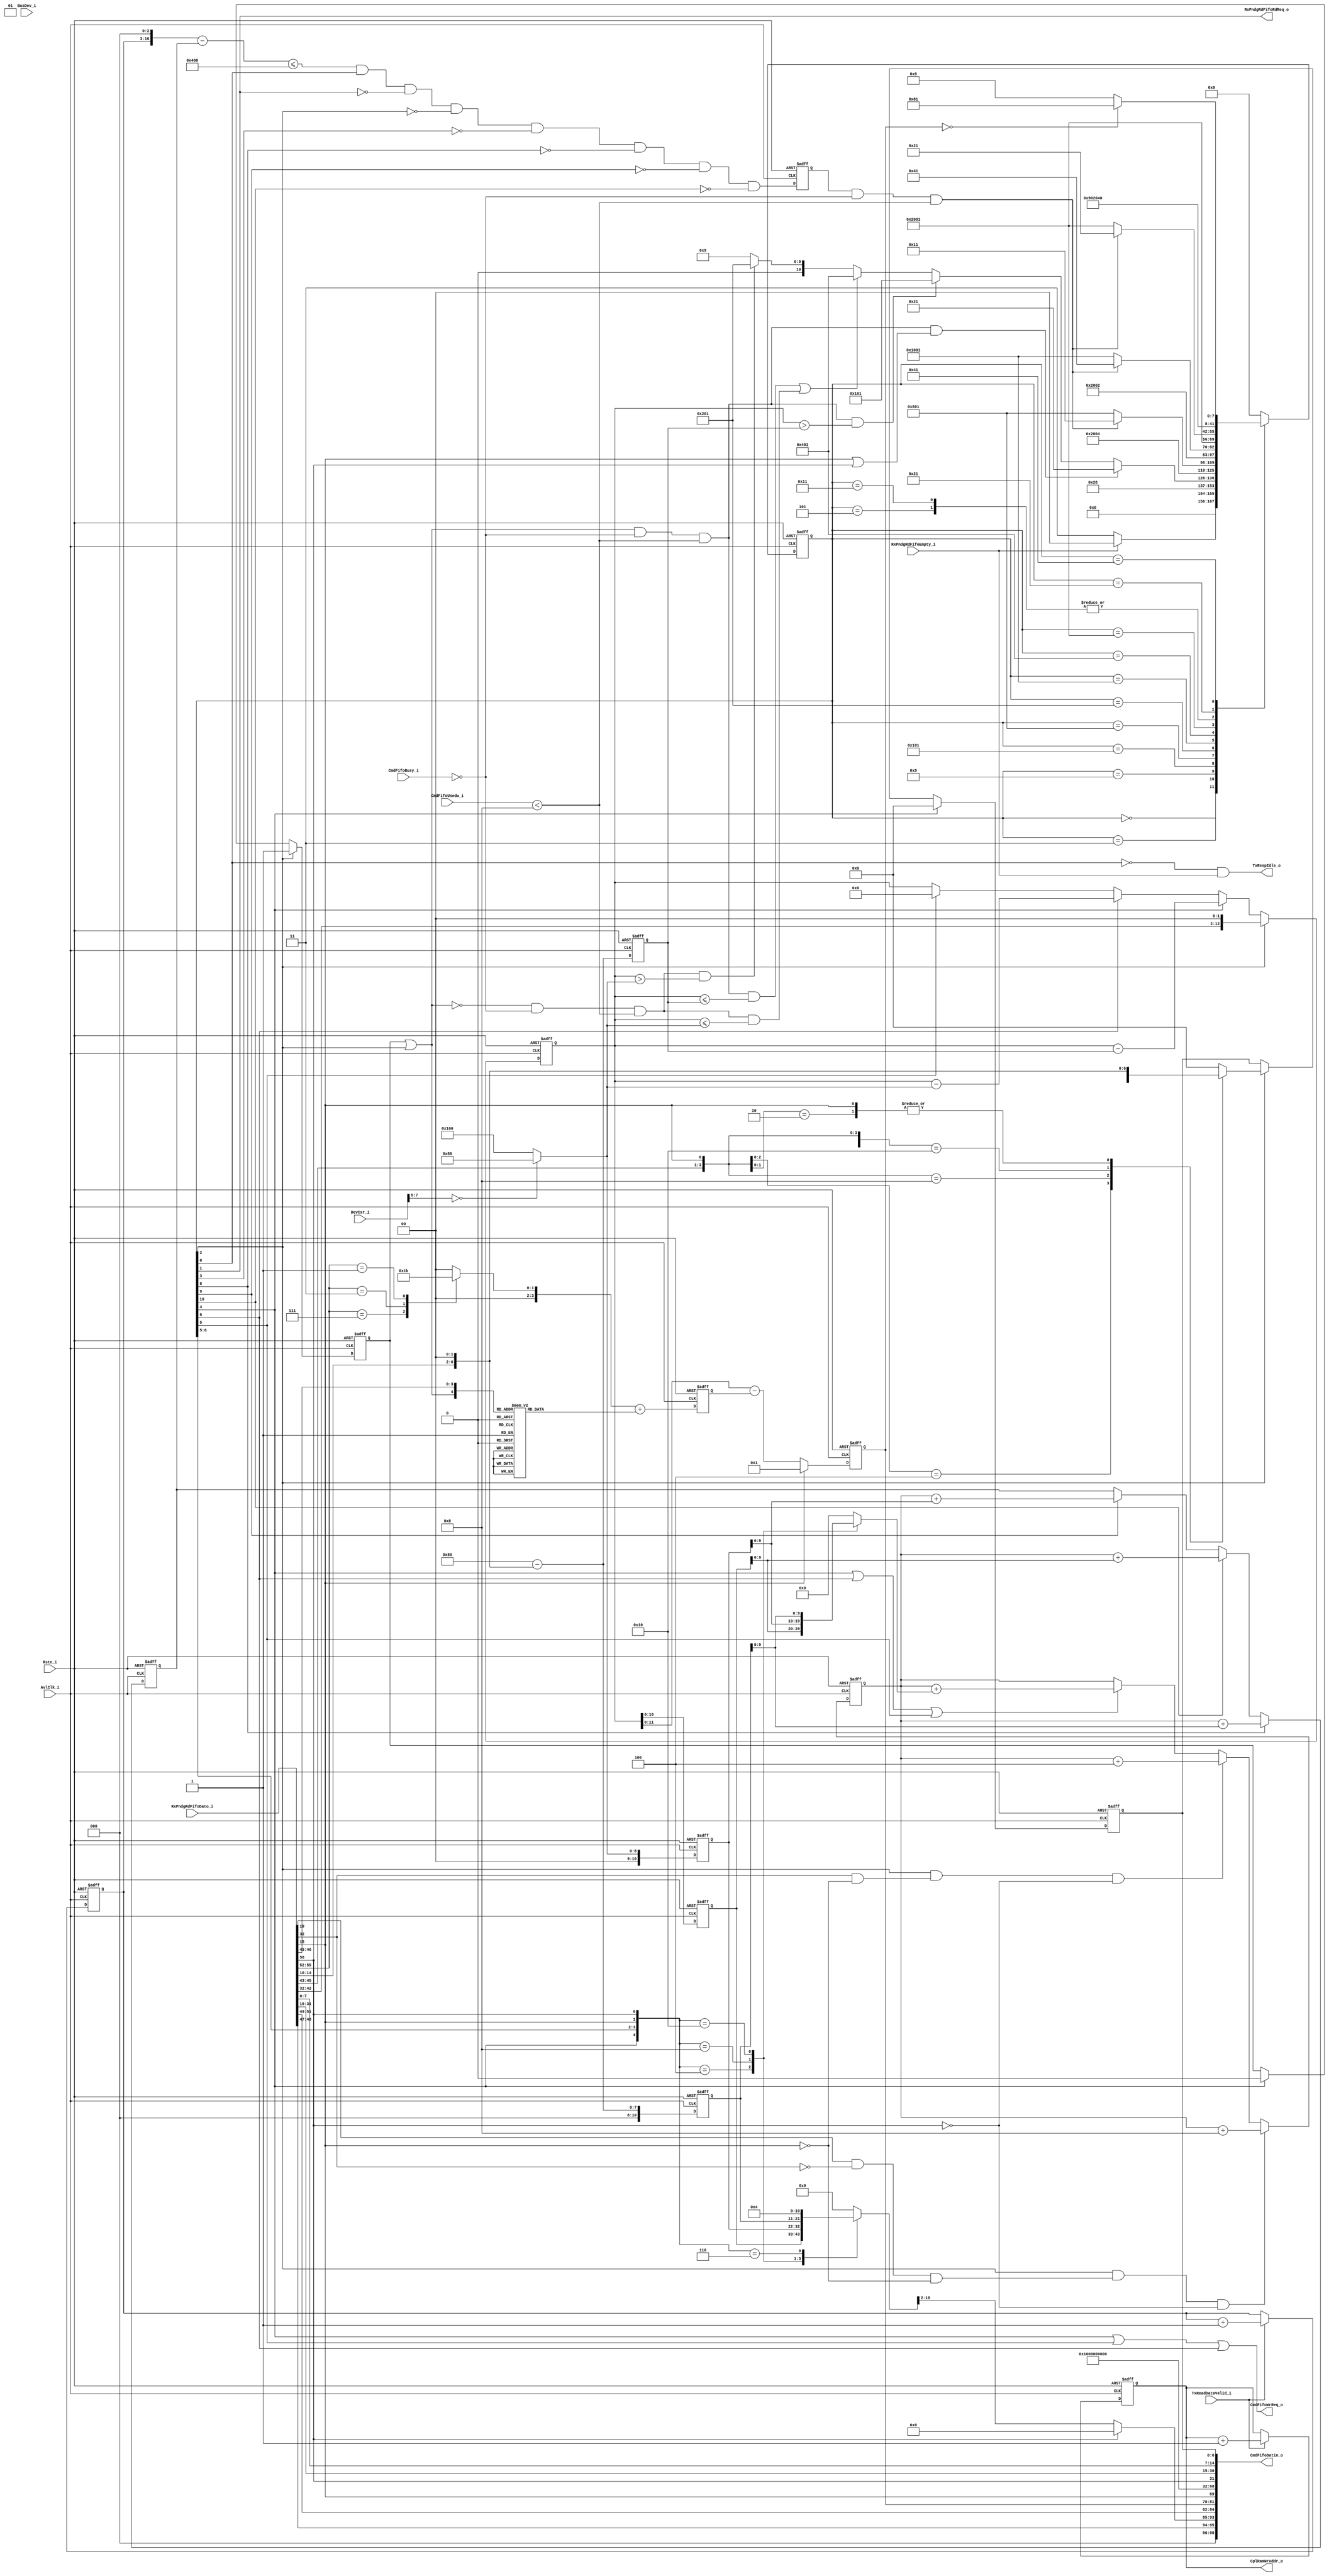
// (C) 2001-2017 Intel Corporation. All rights reserved.
// Your use of Intel Corporation's design tools, logic functions and other 
// software and tools, and its AMPP partner logic functions, and any output 
// files from any of the foregoing (including device programming or simulation 
// files), and any associated documentation or information are expressly subject 
// to the terms and conditions of the Intel Program License Subscription 
// Agreement, Intel FPGA IP License Agreement, or other applicable 
// license agreement, including, without limitation, that your use is for the 
// sole purpose of programming logic devices manufactured by Intel and sold by 
// Intel or its authorized distributors.  Please refer to the applicable 
// agreement for further details.



// synthesis translate_off
`timescale 1ns / 1ps
// synthesis translate_on

module altpciexpav_stif_txresp_cntrl

#(

    parameter TXCPL_BUFF_ADDR_WIDTH = 9,
    parameter CB_PCIE_RX_LITE       = 0

)




( input                                AvlClk_i,     // Avalon clock
  input                                Rstn_i,    // Avalon reset

  // interface to the Rx pending read FIFO
  input                                RxPndgRdFifoEmpty_i,
  input    [56:0]                      RxPndgRdFifoDato_i,
  output                               RxPndgRdFifoRdReq_o,

  // interface to the Avalon bus
  input                                TxReadDataValid_i,


  // Interface to the Command Fifo
  output      [98:0]                   CmdFifoDatin_o,
  output                               CmdFifoWrReq_o,
  input       [3:0]                    CmdFifoUsedw_i,

  // Interface to Completion data buffer
  output     [TXCPL_BUFF_ADDR_WIDTH-1:0]                    CplRamWrAddr_o,

  // Interface to the Avalon Tx Control Module
  input                                CmdFifoBusy_i,

  // cfg signals
  input      [31:0]                    DevCsr_i,
  input      [12:0]                    BusDev_i,
  output                               TxRespIdle_o


);

localparam      TXRESP_IDLE          = 14'h0000;
localparam      TXRESP_RD_FIFO       = 14'h0003;
localparam      TXRESP_LD_BCNT       = 14'h0005;
localparam      TXRESP_WAIT_DATA     = 14'h0009;
localparam      TXRESP_SEND_FIRST    = 14'h0011;
localparam      TXRESP_SEND_LAST     = 14'h0021;
localparam      TXRESP_SEND_MAX      = 14'h0041;
localparam      TXRESP_DONE          = 14'h0081;
localparam      TXRESP_WAIT_FIRST    = 14'h0101;
localparam      TXRESP_WAIT_MAX      = 14'h0201;
localparam      TXRESP_WAIT_LAST     = 14'h0401;
localparam      TXRESP_PIPE_FIRST    = 14'h0801;
localparam      TXRESP_PIPE_MAX      = 14'h1001;
localparam      TXRESP_PIPE_LAST     = 14'h2001;


wire    sm_rd_fifo;
wire    sm_ld_bcnt;
wire    sm_wait_data;
wire    sm_send_first;
wire    sm_send_last;
wire [7:0]    bytes_to_RCB;
wire          over_rd_2dw;
wire          over_rd_1dw;
wire [12:0]   first_bytes_sent;
reg  [12:0]   first_bytes_sent_reg;
reg  [12:0]   last_bytes_sent_reg;
reg  [12:0]   max_bytes_sent_reg;
wire [12:0]   max_bytes_sent;
wire [12:0]   last_bytes_sent;
wire [7:0]    tag;
wire [15:0]  requester_id;
wire  [6:0]  rd_addr;
wire  [10:0] rd_dwlen;
wire  [3:0] fbe;
wire  [3:0] lbe;
wire  [1:0] attr;
wire [2:0]  tc;
wire  [11:0] remain_bytes;
reg   [11:0] remain_bytes_reg;
wire         is_flush;
wire         is_uns_rd_size;
wire         is_cpl;
wire [8:0]   dw_len;
reg  [3:0]   first_byte_mask;
reg  [3:0]   last_byte_mask;
reg  [3:0]   laddf_bytes_mask_reg;
reg  [13:0]   txresp_state;
reg  [13:0]   txresp_nxt_state;
reg          first_cpl_sreg;
wire         first_cpl;
reg [7:0]    bytes_to_RCB_reg;
reg [12:0]   curr_bcnt_reg;
reg [12:0]   max_payload;
reg [13:0]   payload_cntr;
reg [7:0]   payload_limit_cntr;
reg [10:0]   payload_consumed_cntr;
reg [10:0]  payload_required_reg;
wire[10:0]   payload_available_sub;
wire        payload_ok;
reg         payload_ok_reg;
reg [12:0]   bytes_sent;
reg [12:0]   actual_bytes_sent;
reg [12:0]   sent_bcnt_reg;
reg [6:0] lower_addr;
reg [6:0] lower_addr_reg;
reg [8:0]   cplbuff_addr_cntr;
wire        cmd_fifo_ok;
wire        sm_send_max;
wire        sm_wait_first;
wire        sm_wait_last;
wire        sm_wait_max;
wire        sm_idle;


assign cmd_fifo_ok = (CmdFifoUsedw_i < 8);

always @(posedge AvlClk_i or negedge Rstn_i)  // state machine registers
  begin
    if(~Rstn_i)
      txresp_state <= TXRESP_IDLE;
    else
      txresp_state <= txresp_nxt_state;
  end

// state machine next state gen


always @*

  begin
    case(txresp_state)
      TXRESP_IDLE :
        if(~RxPndgRdFifoEmpty_i)
          txresp_nxt_state <= TXRESP_RD_FIFO;
        else
          txresp_nxt_state <= TXRESP_IDLE;

      TXRESP_RD_FIFO :
          txresp_nxt_state <= TXRESP_LD_BCNT;

      TXRESP_LD_BCNT:  // load byte count reg and calculate the first byte 7 bit of address
           txresp_nxt_state <= TXRESP_WAIT_DATA;

      TXRESP_WAIT_DATA:

        if(first_cpl & ~CmdFifoBusy_i & cmd_fifo_ok & (  is_flush | is_uns_rd_size ))
          txresp_nxt_state <= TXRESP_SEND_LAST;
        else  if(first_cpl & ~CmdFifoBusy_i & cmd_fifo_ok &((curr_bcnt_reg > bytes_to_RCB_reg)))
          txresp_nxt_state <= TXRESP_WAIT_FIRST;

        else if((first_cpl & ~CmdFifoBusy_i & cmd_fifo_ok &(((curr_bcnt_reg <= bytes_to_RCB_reg)) ) ) |
                (~first_cpl & ~CmdFifoBusy_i & cmd_fifo_ok &(curr_bcnt_reg <= max_payload) )
                 )
          txresp_nxt_state <= TXRESP_WAIT_LAST;

        else if(~first_cpl & ~CmdFifoBusy_i & cmd_fifo_ok & (curr_bcnt_reg >  max_payload))
          txresp_nxt_state <= TXRESP_WAIT_MAX;
        else
          txresp_nxt_state <= TXRESP_WAIT_DATA;

      TXRESP_WAIT_FIRST:
           txresp_nxt_state <= TXRESP_PIPE_FIRST;

      TXRESP_PIPE_FIRST:
           if(payload_ok_reg & ~CmdFifoBusy_i & cmd_fifo_ok)
             txresp_nxt_state <= TXRESP_SEND_FIRST;
           else
             txresp_nxt_state <= TXRESP_PIPE_FIRST;

      TXRESP_WAIT_MAX:
                 txresp_nxt_state <= TXRESP_PIPE_MAX;

       TXRESP_PIPE_MAX:
         if(payload_ok_reg & ~CmdFifoBusy_i & cmd_fifo_ok)
            txresp_nxt_state <= TXRESP_SEND_MAX;
          else
            txresp_nxt_state <= TXRESP_PIPE_MAX;

        TXRESP_WAIT_LAST:
                   txresp_nxt_state <= TXRESP_PIPE_LAST;

        TXRESP_PIPE_LAST:
         if(payload_ok_reg & ~CmdFifoBusy_i & cmd_fifo_ok)
            txresp_nxt_state <= TXRESP_SEND_LAST;
          else
            txresp_nxt_state <= TXRESP_PIPE_LAST;


       TXRESP_SEND_FIRST:
           txresp_nxt_state <= TXRESP_WAIT_DATA;

       TXRESP_SEND_LAST:
         txresp_nxt_state <= TXRESP_DONE;

       TXRESP_SEND_MAX:
         if(remain_bytes_reg == 0)
           txresp_nxt_state <= TXRESP_DONE;
         else
           txresp_nxt_state <= TXRESP_WAIT_DATA;

       TXRESP_DONE:
           txresp_nxt_state <= TXRESP_IDLE;

       default:
         txresp_nxt_state <= TXRESP_IDLE;

    endcase
 end

 /// state machine output assignments
 assign   sm_idle       = ~txresp_state[0];
 assign   sm_rd_fifo    = txresp_state[1];
 assign   sm_ld_bcnt    = txresp_state[2];
 assign   sm_wait_data  = txresp_state[3];
 assign   sm_send_first = txresp_state[4];
 assign   sm_send_last  = txresp_state[5];
 assign   sm_send_max   = txresp_state[6];
 assign   sm_wait_first = txresp_state[8];
  assign   sm_wait_max = txresp_state[9];
  assign   sm_wait_last = txresp_state[10];

  assign TxRespIdle_o = sm_idle & RxPndgRdFifoEmpty_i ;
// SR reg to indicate the first completion of a read

always @(posedge AvlClk_i or negedge Rstn_i)
  begin
     if(~Rstn_i)
       first_cpl_sreg <= 1'b0;
     else if(sm_ld_bcnt)
       first_cpl_sreg <= 1'b1;
     else if(sm_send_first)
       first_cpl_sreg <= 1'b0;
  end


// calculate the bytes to RCB that could be 64 or 128Bytes (6 or 7 zeros in address)

assign bytes_to_RCB = 8'h80 - rd_addr[6:0];

always @(posedge AvlClk_i or negedge Rstn_i)
  begin
    if(~Rstn_i)
      bytes_to_RCB_reg <= 0;
    else
      bytes_to_RCB_reg <= bytes_to_RCB;
  end


 /// the current byte count register that still need to be sent (completed)
 always @(posedge AvlClk_i or negedge Rstn_i)
  begin
    if(~Rstn_i)
      curr_bcnt_reg <= 13'h0;
    else if(sm_ld_bcnt)
      curr_bcnt_reg <= {rd_dwlen, 2'b00};
    else if(sm_send_first)
      curr_bcnt_reg <= curr_bcnt_reg - bytes_to_RCB_reg;
    else if(sm_send_max)
      curr_bcnt_reg <= curr_bcnt_reg - max_payload;
    else if(sm_send_last)
      curr_bcnt_reg <= 0;
  end

always @(posedge AvlClk_i or negedge Rstn_i)
  begin
    if(~Rstn_i)
      laddf_bytes_mask_reg <= 0;
    else
      laddf_bytes_mask_reg <= (last_byte_mask + first_byte_mask);
  end


/// the remaining bcnt (for the header)
//assign remain_bytes = sm_send_last? 0 : (curr_bcnt_reg - bytes_sent);
// assign remain_bytes = is_flush? 12'h1 : is_uns_rd_size? 0 : curr_bcnt_reg - (laddf_bytes_mask_reg);
 assign remain_bytes = is_flush? 12'h1  : curr_bcnt_reg[11:0] - (laddf_bytes_mask_reg);

always @(posedge AvlClk_i or negedge Rstn_i)
  begin
    if(~Rstn_i)
      remain_bytes_reg <= 0;
    else
      remain_bytes_reg <= remain_bytes;
  end

/// completion payload counter to keep track of the data byte returned from avalon

/*
always @(posedge AvlClk_i or negedge Rstn_i)
  begin
    if(~Rstn_i)
      payload_cntr <= 0;
    else if(TxReadDataValid_i & ~sm_done & ~sm_send_first & ~sm_send_max & ~sm_send_last)
      payload_cntr <= payload_cntr  + 8;
    else if(sm_send_first &  TxReadDataValid_i)
      payload_cntr <= payload_cntr - sent_bcnt_reg + 8;
    else if(sm_send_first &  ~TxReadDataValid_i)
      payload_cntr <= payload_cntr - sent_bcnt_reg;
    else if(sm_send_max &  TxReadDataValid_i)
      payload_cntr <= payload_cntr - sent_bcnt_reg + 8;
    else if(sm_send_max &  ~TxReadDataValid_i)
      payload_cntr <= payload_cntr - sent_bcnt_reg;
    else if(sm_send_last &  TxReadDataValid_i)
      payload_cntr <= payload_cntr - sent_bcnt_reg + 8;
    else if(sm_send_last &  ~TxReadDataValid_i)
      payload_cntr <= payload_cntr - sent_bcnt_reg;
    else if(sm_done & TxReadDataValid_i)
      payload_cntr <= payload_cntr - over_rd_bytes_reg + 8 ;
    else if(sm_done & ~TxReadDataValid_i)
      payload_cntr <= payload_cntr - over_rd_bytes_reg ;
  end

  */

    /// Credit Limit Reg === payload_cntr (count up only by TxReadDatValid))
  /// Credit Consume Reg == updated by send first, max, last (count up only)

  // Credit Required = actual byte sent
/// Credit Consumed Counter


      always @(posedge AvlClk_i or negedge Rstn_i)
      begin
        if(~Rstn_i)
          payload_consumed_cntr <= 0;
        else if(sm_ld_bcnt & over_rd_2dw & ~is_uns_rd_size)
          payload_consumed_cntr <= payload_consumed_cntr + 11'h8;
        else if(sm_ld_bcnt & over_rd_1dw & ~is_uns_rd_size)
          payload_consumed_cntr <= payload_consumed_cntr + 11'h4;
        else if (sm_send_first | sm_send_max | sm_send_last)
          payload_consumed_cntr <= payload_consumed_cntr + actual_bytes_sent[9:0];
      end

 always @(posedge AvlClk_i or negedge Rstn_i)
      begin
        if(~Rstn_i)
          payload_required_reg <= 0;
        else if(sm_wait_first)
          payload_required_reg <= payload_consumed_cntr + first_bytes_sent_reg[9:0];
        else if (sm_wait_last)
         payload_required_reg <= payload_consumed_cntr + last_bytes_sent_reg[9:0];
        else if (sm_wait_max)
         payload_required_reg <= payload_consumed_cntr + max_bytes_sent_reg[9:0];
      end


 assign payload_available_sub = ({payload_limit_cntr,3'h0} - payload_required_reg);


always @(posedge AvlClk_i or negedge Rstn_i) begin
   if(~Rstn_i) begin
     payload_limit_cntr <= 8'h0;
   end
   else begin
     if (TxReadDataValid_i==1'b1) begin
        payload_limit_cntr <= payload_limit_cntr + 8'h1;
     end
   end
end


 assign payload_ok = payload_available_sub <= 1024 & ~sm_idle & ~sm_rd_fifo & ~sm_ld_bcnt & ~sm_wait_data & ~sm_wait_first & ~sm_wait_max & ~sm_wait_last;

   always @(posedge AvlClk_i or negedge Rstn_i)
      begin
        if(~Rstn_i) begin
          payload_ok_reg <= 1'b0;
          end
        else begin
          payload_ok_reg <= payload_ok;
          end
      end

//  always @(posedge AvlClk_i or negedge Rstn_i)
//  begin
//    if(~Rstn_i)
//      payload_cntr <= 0;
//    else if(TxReadDataValid_i & ~sm_done & ~sm_send_first & ~sm_send_max & ~sm_send_last)
//      payload_cntr <= payload_cntr  + 8;
//    else if ( (sm_send_first &  TxReadDataValid_i) | (sm_send_max &  TxReadDataValid_i) | (sm_send_last  & TxReadDataValid_i))
//      payload_cntr <= payload_cntr - actual_bytes_sent + 8;
//    else if((sm_send_first &  ~TxReadDataValid_i) | (sm_send_max &  ~TxReadDataValid_i) | (sm_send_last &  ~TxReadDataValid_i))
//      payload_cntr <= payload_cntr - actual_bytes_sent;
//    else if(sm_done & TxReadDataValid_i)
//      payload_cntr <= payload_cntr - over_rd_bytes_reg + 8 ;
//    else if(sm_done & ~TxReadDataValid_i)
//      payload_cntr <= payload_cntr - over_rd_bytes_reg ;
//  end


/// over read bytes caculation due to more data being read from the
// avalon to compensate for the alignment 32/64

assign over_rd_2dw = rd_addr[2] & ~rd_dwlen[0] & ~is_flush;
assign over_rd_1dw = rd_dwlen[0] & ~is_flush;


// sent_byte count for a cmpletion header
assign first_bytes_sent  = bytes_to_RCB;
assign max_bytes_sent    =  max_payload;
assign last_bytes_sent   =  curr_bcnt_reg;


///
always @(posedge AvlClk_i or negedge Rstn_i)
  begin
    if(~Rstn_i)
     begin
      first_bytes_sent_reg <= 0;
      last_bytes_sent_reg <= 0;
      max_bytes_sent_reg <= 0;
     end
    else
     begin
      first_bytes_sent_reg <= first_bytes_sent;
      last_bytes_sent_reg <= last_bytes_sent;
      max_bytes_sent_reg <= max_bytes_sent;
     end
  end


always @ *
  begin
    case({sm_send_first, sm_send_max, sm_send_last, is_flush, is_uns_rd_size})
      5'b00100 : bytes_sent = last_bytes_sent_reg;
      5'b01000 : bytes_sent = max_bytes_sent_reg;
      5'b10000 : bytes_sent = first_bytes_sent_reg;
      5'b00110 : bytes_sent = 4;
      default : bytes_sent = 0;
    endcase
  end

// actual byte sent is less due dummy flush read data
always @*
  begin
    case({sm_send_first, sm_send_max, sm_send_last, is_flush, is_uns_rd_size})
      5'b00100 : actual_bytes_sent = last_bytes_sent_reg;
      5'b01000 : actual_bytes_sent = max_bytes_sent_reg;
      5'b10000 : actual_bytes_sent = first_bytes_sent_reg;
      default :  actual_bytes_sent = 0;
    endcase
  end


// calculate the 7 bit lower address of the first enable byte
// based on the first byte enable

always @*
 begin
  casex({fbe, is_flush})
    5'bxxx10 : lower_addr = {rd_addr[6:2], 2'b00};
    5'bxx100 : lower_addr = {rd_addr[6:2], 2'b01};
    5'bx1000 : lower_addr = {rd_addr[6:2], 2'b10};
    5'b10000 : lower_addr = {rd_addr[6:2], 2'b11};
    5'bxxxx1 : lower_addr = {rd_addr[6:2], 2'b00};
    default:  lower_addr = 7'b0000000;
  endcase
end

/// decode the fbe and lbe fore the byte count field of the competion packets

assign first_cpl = first_cpl_sreg | sm_ld_bcnt;

always @*   // only first completion uses the fbe for byte count
 begin
  case({first_cpl, fbe})
    5'b10001 : first_byte_mask = 3;
    5'b10010 : first_byte_mask = 3;
    5'b10100 : first_byte_mask = 3;
    5'b11000 : first_byte_mask = 3;
    5'b10011 : first_byte_mask = 2;
    5'b10110 : first_byte_mask = 2;
    5'b11100 : first_byte_mask = 2;
    5'b10111 : first_byte_mask = 1;
    5'b11110 : first_byte_mask = 1;
    default  : first_byte_mask = 0;
  endcase
end

always @(lbe)
 begin
  case(lbe)
    4'b0111 : last_byte_mask = 1;
    4'b0011 : last_byte_mask = 2;
    4'b0001 : last_byte_mask = 3;
    default : last_byte_mask = 0;
  endcase
end



always @(posedge AvlClk_i or negedge Rstn_i)
  begin
    if(~Rstn_i)
      lower_addr_reg <= 0;
    else if(sm_send_first)
      lower_addr_reg <= 0;
    else if(sm_ld_bcnt)
      lower_addr_reg <= lower_addr;
    end



///// Assemble the completion headers
// decode the max payload size
always @*
  begin
    case(DevCsr_i[7:5])
      3'b000 : max_payload= 128;
      default : max_payload = 256;
    endcase
  end

assign tag          = RxPndgRdFifoDato_i[7:0];
assign requester_id = RxPndgRdFifoDato_i[31:16];
assign rd_addr[6:0] = {RxPndgRdFifoDato_i[14:10], 2'b00};
assign rd_dwlen     = RxPndgRdFifoDato_i[42:32];
assign fbe          = RxPndgRdFifoDato_i[46:43];
assign lbe          = RxPndgRdFifoDato_i[55:52];
assign attr          = RxPndgRdFifoDato_i[48:47];
assign tc          = RxPndgRdFifoDato_i[51:49];
assign is_flush     = RxPndgRdFifoDato_i[15];
assign is_uns_rd_size = RxPndgRdFifoDato_i[56];

assign dw_len[8:0] = is_uns_rd_size? 9'h0 : bytes_sent[10:2];

assign CmdFifoDatin_o[98:0] = { 3'b000 ,attr, dw_len[8:0], tc, remain_bytes_reg, is_flush, 1'b1, 4'h0,
                                              32'h0, is_uns_rd_size, requester_id, tag, lower_addr_reg[6:0]};


assign CmdFifoWrReq_o = sm_send_first | sm_send_last | sm_send_max;

assign RxPndgRdFifoRdReq_o = sm_rd_fifo;

/// Completion buffer write address

always @(posedge AvlClk_i or negedge Rstn_i) begin
    if(~Rstn_i)
      cplbuff_addr_cntr <= 9'h0;
    else if(TxReadDataValid_i)
      cplbuff_addr_cntr <= cplbuff_addr_cntr + 9'h1;
end


assign CplRamWrAddr_o[TXCPL_BUFF_ADDR_WIDTH-1:0] = cplbuff_addr_cntr[TXCPL_BUFF_ADDR_WIDTH-1:0];

endmodule